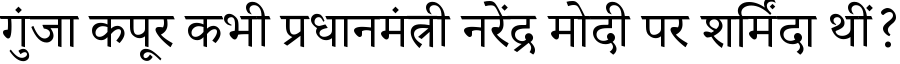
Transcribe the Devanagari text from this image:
गुंजा कपूर कभी प्रधानमंत्री नरेंद्र मोदी पर शर्मिंदा थीं?